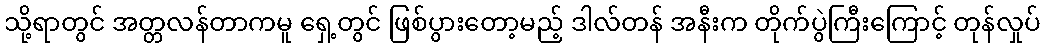
သို့ရာတွင် အတ္တလန်တာကမူ ရှေ့တွင် ဖြစ်ပွားတော့မည့် ဒါလ်တန် အနီးက တိုက်ပွဲကြီးကြောင့် တုန်လှုပ်